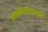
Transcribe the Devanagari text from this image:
मायलेकांसारखे